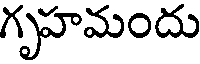
గృహమందు